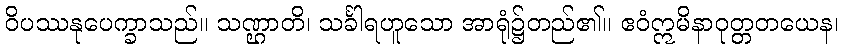
ဝိပဿနုပေက္ခာသည်။ သဏ္ဌာတိ၊ သင်္ခါရဟူသော အာရုံ၌တည်၏။ ဧဝံဣမိနာဝုတ္တတယေန၊